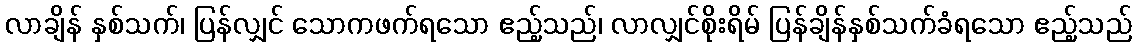
လာချိန် နှစ်သက်၊ ပြန်လျှင် သောကဖက်ရသော ဧည့်သည်၊ လာလျှင်စိုးရိမ် ပြန်ချိန်နှစ်သက်ခံရသော ဧည့်သည်